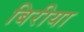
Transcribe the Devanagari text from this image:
बिरीया